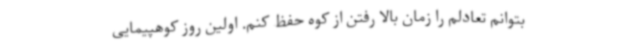
بتوانم تعادلم را زمان بالا رفتن از کوه حفظ کنم. اولین روز کوهپیمایی